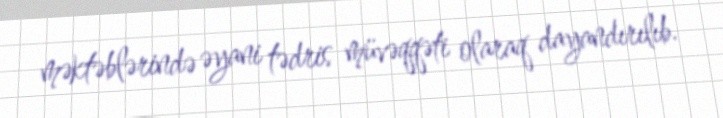
məktəblərində əyani tədris müvəqqəti olaraq dayandırılıb.